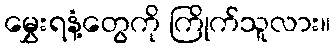
မွှေးရနံ့တွေကို ကြိုက်သူလား။